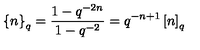
\left\{ n \right\} _ { q } = \frac { 1 - q ^ { - 2 n } } { 1 - q ^ { - 2 } } = q ^ { - n + 1 } \left[ n \right] _ { q }